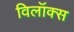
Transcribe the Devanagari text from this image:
विलॉक्स